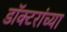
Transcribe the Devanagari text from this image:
डॉक्‍टरांच्या